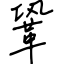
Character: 鞏